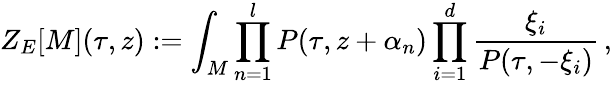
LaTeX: Z_{E}[M](\tau,z):=\int_{M}\prod_{n=1}^{l}P(\tau,z+\alpha_{n})\prod_{i=1}^{d}\frac{\xi_{i}}{P(\tau,-\xi_{i})}\, ,